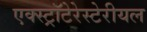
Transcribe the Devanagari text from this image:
एक्स्ट्रॉटेरेस्टेरीयल